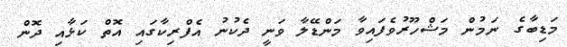
މަޑިބާގެ ނަމުން މަޝްހޫރުވެފައިވާ މަންޑޭލާ ވަނީ ދެކުނު އެފްރިކާގައި އޮތް ކަޅާއި ދޮން